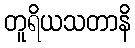
တူရိယသတာနိ